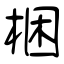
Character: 梱